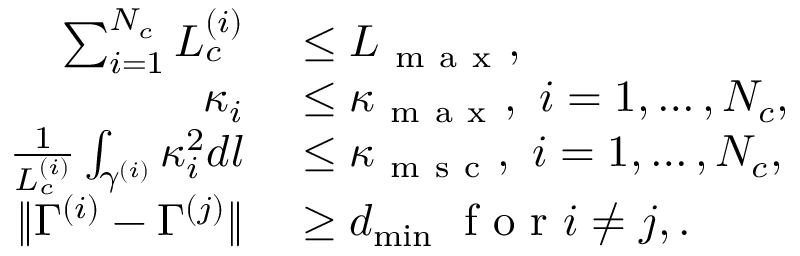
\begin{array} { r l } { \sum _ { i = 1 } ^ { N _ { c } } L _ { c } ^ { ( i ) } } & { { } \le L _ { \mathrm { ~ m ~ a ~ x ~ } } , } \\ { \kappa _ { i } } & { { } \le \kappa _ { \mathrm { ~ m ~ a ~ x ~ } } , ~ i = 1 , \ldots , N _ { c } , } \\ { \frac { 1 } { L _ { c } ^ { ( i ) } } \int _ { \gamma ^ { ( i ) } } \kappa _ { i } ^ { 2 } d l } & { { } \le \kappa _ { \mathrm { ~ m ~ s ~ c ~ } } , ~ i = 1 , \ldots , N _ { c } , } \\ { \| \Gamma ^ { ( i ) } - \Gamma ^ { ( j ) } \| } & { { } \geq d _ { \operatorname* { m i n } } ~ \mathrm { ~ f ~ o ~ r ~ } i \neq j , . } \end{array}